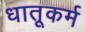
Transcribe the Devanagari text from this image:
धातूकर्म